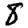
Digit: 8